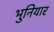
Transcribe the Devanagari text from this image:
भुनियार